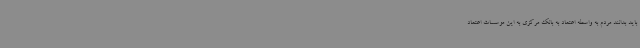
باید بدانند مردم به واسطه اعتماد به بانک مرکزی به این موسسات اعتماد